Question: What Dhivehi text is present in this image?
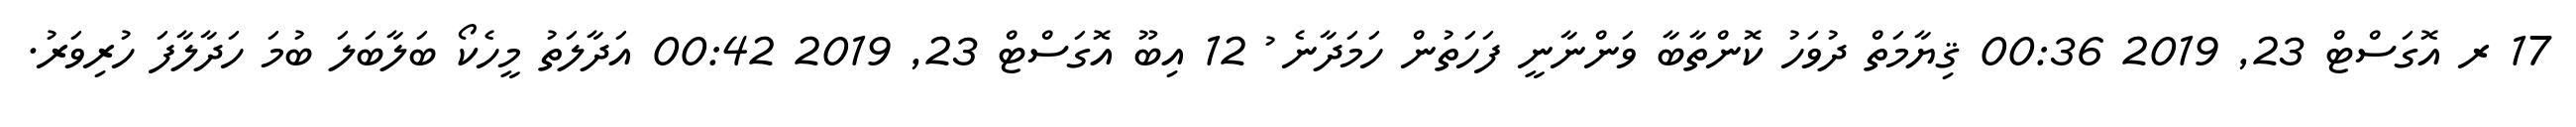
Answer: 17 ރ އޮގަސްޓް 23, 2019 00:36 ޤިޔާމަތް ދުވަހު ކޮންތާބާ ވަންނާނީ ފަހަތުން ހަމަދާނެ ު 12 އިބޫ އޮގަސްޓް 23, 2019 00:42 އަދާލަތު މީހެކޯ ބަލާބަލަ ބުމަ ހަދާލާފަ ހުރިވަރު.